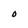
Character: 0